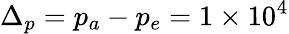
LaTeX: \Delta_{p}=p_{a}-p_{e}=1\times 10^{4}